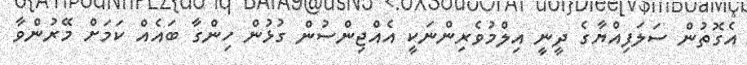
އެގޮތުން ސަލަފިއްޔާގެ ދީނީ އިލްމުވެރިންނަކީ އެއްޖިންސުން ގުޅުން ހިންގާ ބައެއް ކަމަށް މޭރުންވާ